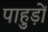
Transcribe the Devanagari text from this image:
पाहुड़ों